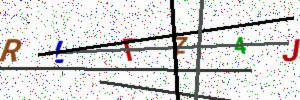
Text: RLFZ4J